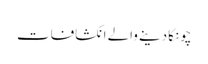
چونکا دینے والے انکشافات